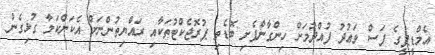
އެމްޑީޕީގެ ފަސް ވަޢުދު ފުއްދުމަށް ހިންގާންފެށި ބޮޑެތި ޕުރޮޖެކްޓުތަކާއި ރައްޔިތުންނަށް އެކަންކަމާ ގުޅިގެން